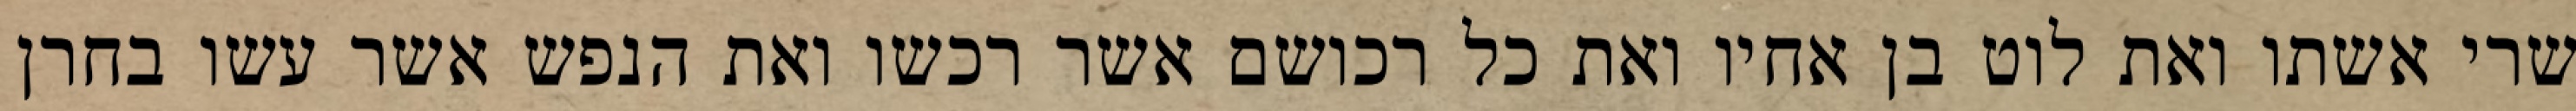
שרי אשתו ואת לוט בן אחיו ואת כל רכושם אשר רכשו ואת הנפש אשר עשו בחרן